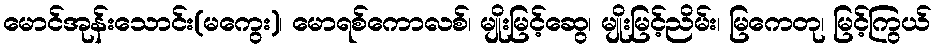
မောင်အုန်းသောင်း(မကွေး)၊ မောရစ်ကောလစ်၊ မျိုးမြင့်ဆွေ၊ မျိုးမြင့်ညိမ်း၊ မြကေတု၊ မြင့်ကြွယ်